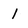
Character: 1